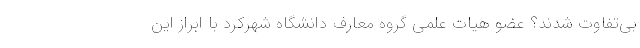
بی‌تفاوت شدند؟ عضو هیات علمی گروه معارف دانشگاه شهرکرد با ابراز این